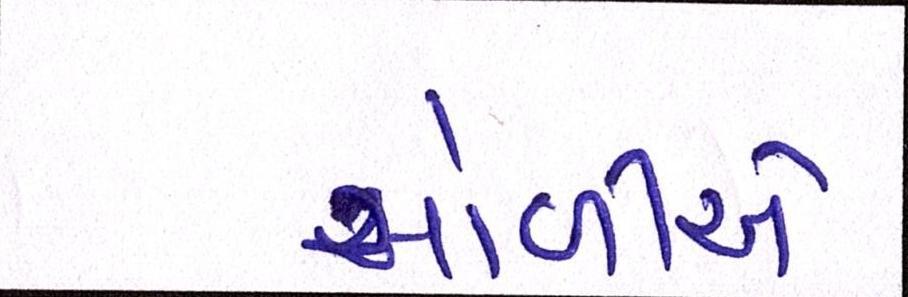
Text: ગોળીએ